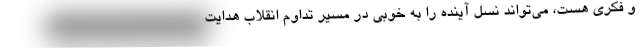
و فکری هست، می‌تواند نسل آینده را به خوبی در مسیر تداوم انقلاب هدایت